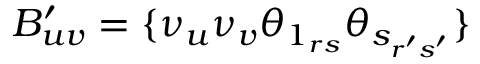
B _ { u v } ^ { \prime } = \{ \nu _ { u } \nu _ { v } \theta _ { 1 _ { r s } } \theta _ { s _ { r ^ { \prime } s ^ { \prime } } } \}